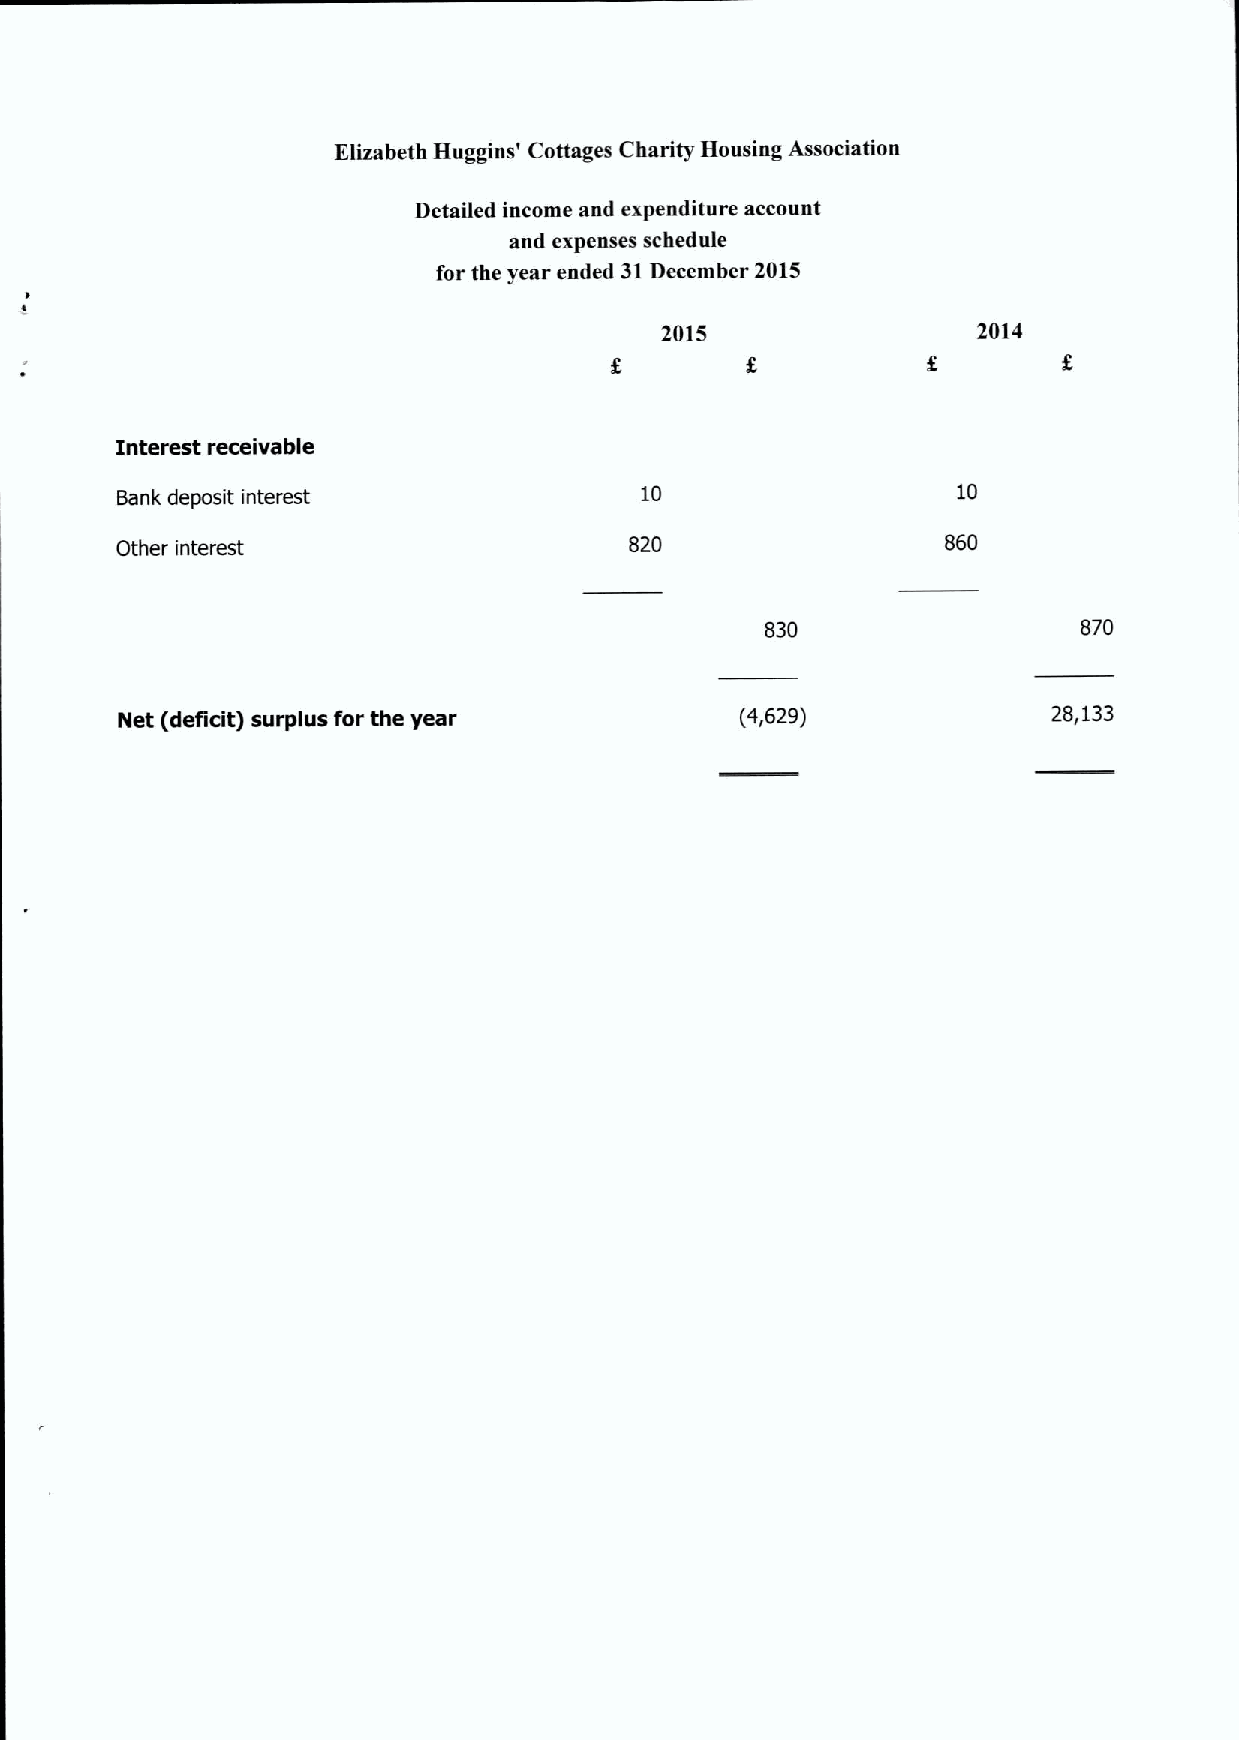
Elizabeth Huggins' Cottages Charity Housing Association
 Detailed income and expenditure account
 and expenses schedule
 for the year ended 31December 2015
 2015                 2014
 1nterest receivable
 Bank deposit interest             10                   10
 Other interest                    820                  860
 830                  870
 Net (deficit) surplus for the year       (4,629)              28,133